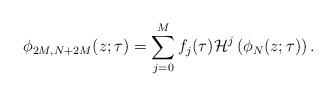
\begin{align*}\phi_{2M,N+2M}(z;\tau)=\sum_{j=0}^Mf_j(\tau)\mathcal H^j\left(\phi_N(z;\tau)\right).\end{align*}